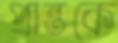
প্রান্তকে